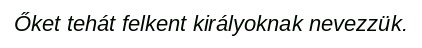
Őket tehát felkent királyoknak nevezzük.